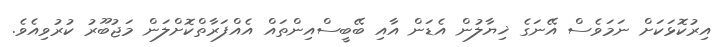
އިރުކޮޅަކަށް ނަމަވެސް އޭނަގެ ޚިޔާލުން އެޑަން އާއި ބޭބީސްއިންތައް އެއްފަރާތްކޮށްލަން މަޖުބޫރު ކުރުވިއެވެ.